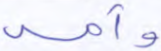
وأمه